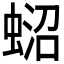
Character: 𧍌